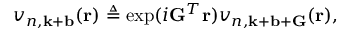
v _ { n , \mathbf { k } + \mathbf { b } } ( \mathbf { r } ) \triangleq \exp ( i \mathbf { G } ^ { T } \mathbf { r } ) v _ { n , \mathbf { k } + \mathbf { b } + \mathbf { G } } ( \mathbf { r } ) ,